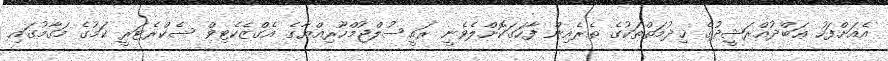
އެއަށްފަހު ޢަބްދުއްރަޝީދުގެ ޚިދުމަތްތަކުގެ ތެރެއިން ފާހަގަކޮށްލެވެނީ ރައީސުލްޖުމްހޫރިއްޔާގެ އެގްޒެކެޓިވް ސެކްރެޓަރީ ކަމުގެ މަގާމުގައި